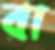
বা